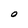
Character: O